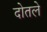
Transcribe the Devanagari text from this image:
दोतले